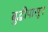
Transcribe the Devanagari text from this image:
बुद्धीपासून